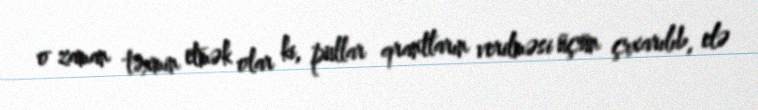
o zaman təxmin etmək olar ki, pullar qrantların verilməsi üçün çıxarılıb, elə